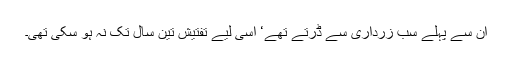
ان سے پہلے سب زرداری سے ڈرتے تھے‘ اسی لیے تفتیش تین سال تک نہ ہو سکی تھی۔